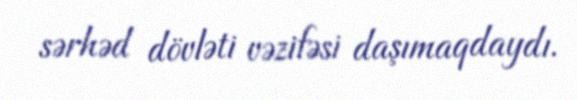
sərhəd dövləti vəzifəsi daşımaqdaydı.